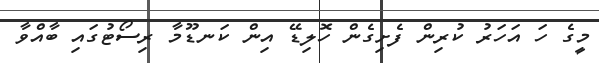
މީގެ ހަ އަހަރު ކުރިން ފެށިގެން ހޮލިޑޭ އިން ކަނޑޫމާ ރިސޯޓުގައި ބާއްވާ